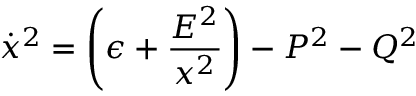
{ \dot { x } } ^ { 2 } = \left( \epsilon + { \frac { E ^ { 2 } } { x ^ { 2 } } } \right) - P ^ { 2 } - Q ^ { 2 }